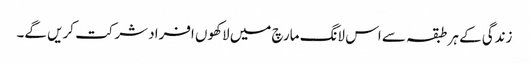
زندگی کے ہر طبقہ سے اس لانگ مارچ میں لاکھوں افراد شرکت کریں گے۔